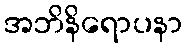
အဘိနိရောပနာ